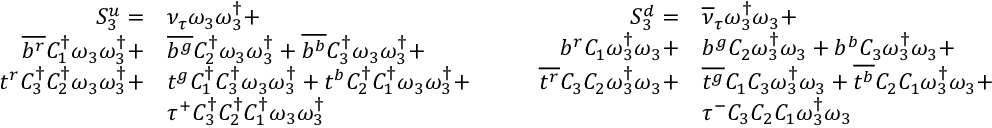
\begin{array} { r l } { S _ { 3 } ^ { u } = } & { { \nu _ { \tau } } \omega _ { 3 } \omega _ { 3 } ^ { \dagger } + } \\ { \overline { { b ^ { r } } } { C _ { 1 } ^ { \dagger } } \omega _ { 3 } \omega _ { 3 } ^ { \dagger } + } & { \overline { { b ^ { g } } } { C _ { 2 } ^ { \dagger } } \omega _ { 3 } \omega _ { 3 } ^ { \dagger } + \overline { { b ^ { b } } } { C _ { 3 } ^ { \dagger } } \omega _ { 3 } \omega _ { 3 } ^ { \dagger } + } \\ { t ^ { r } { C _ { 3 } ^ { \dagger } } { C _ { 2 } ^ { \dagger } } \omega _ { 3 } \omega _ { 3 } ^ { \dagger } + } & { t ^ { g } { C _ { 1 } ^ { \dagger } } { C _ { 3 } ^ { \dagger } } \omega _ { 3 } \omega _ { 3 } ^ { \dagger } + t ^ { b } { C _ { 2 } ^ { \dagger } } { C _ { 1 } ^ { \dagger } } \omega _ { 3 } \omega _ { 3 } ^ { \dagger } + } \\ & { \tau ^ { + } { C _ { 3 } ^ { \dagger } } { C _ { 2 } ^ { \dagger } } { C _ { 1 } ^ { \dagger } } \omega _ { 3 } \omega _ { 3 } ^ { \dagger } } \end{array} \qquad \begin{array} { r l } { S _ { 3 } ^ { d } = } & { { \overline { { \nu } } _ { \tau } } \omega _ { 3 } ^ { \dagger } \omega _ { 3 } + } \\ { { b } ^ { r } { C _ { 1 } } \omega _ { 3 } ^ { \dagger } \omega _ { 3 } + } & { { b } ^ { g } { C _ { 2 } } \omega _ { 3 } ^ { \dagger } \omega _ { 3 } + { b } ^ { b } { C _ { 3 } } \omega _ { 3 } ^ { \dagger } \omega _ { 3 } + } \\ { \overline { { t ^ { r } } } { C _ { 3 } } { C _ { 2 } } \omega _ { 3 } ^ { \dagger } \omega _ { 3 } + } & { \overline { { t ^ { g } } } { C _ { 1 } } { C _ { 3 } } \omega _ { 3 } ^ { \dagger } \omega _ { 3 } + \overline { { t ^ { b } } } { C _ { 2 } } { C _ { 1 } } \omega _ { 3 } ^ { \dagger } \omega _ { 3 } + } \\ & { \tau ^ { - } { C _ { 3 } } { C _ { 2 } } { C _ { 1 } } \omega _ { 3 } ^ { \dagger } \omega _ { 3 } } \end{array}